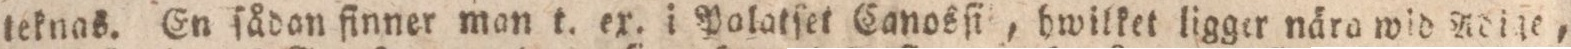
teknas. En ſådan finner man t. ex. i Polatſet Canosſit, hwilket ligger nära wid Adiſe,